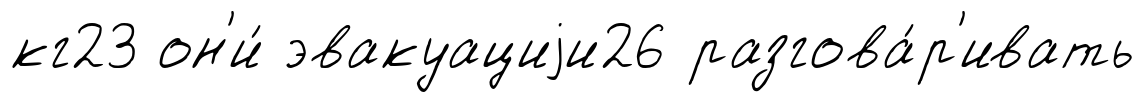
кг23 он'и́ эвакуациjи26 разгова́р'ивать